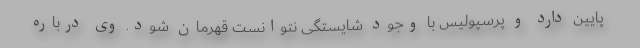
پایین دارد و پرسپولیس با وجود شایستگی نتوانست قهرمان شود. وی درباره